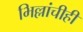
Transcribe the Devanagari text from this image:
भिल्लांचीही